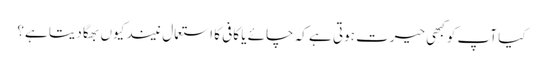
کیا آپ کو کبھی حیرت ہوتی ہے کہ چائے یا کافی کا استعمال نیند کیوں بھگا دیتا ہے؟